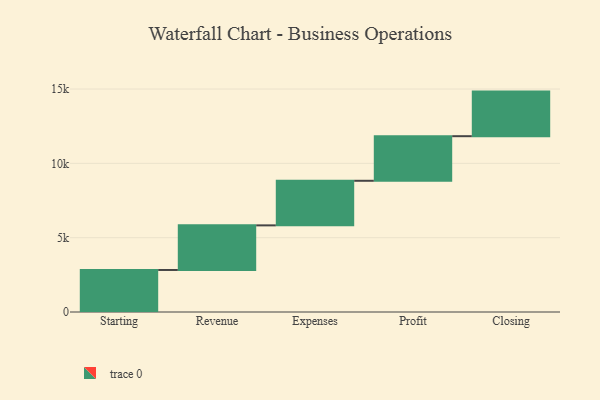
{"axis": {"x": "Step", "y": "Value"}, "legend": [""], "data": [{"x": "Starting", "y": 2828.0, "type": ""}, {"x": "Revenue", "y": 3000, "type": ""}, {"x": "Expenses", "y": 3000, "type": ""}, {"x": "Profit", "y": 3000, "type": ""}, {"x": "Closing", "y": 3000, "type": ""}]}